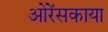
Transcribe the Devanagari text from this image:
ओरेंसकाया